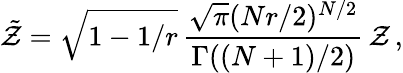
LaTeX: \tilde{\cal Z}=\sqrt{1-1/r}\, {\frac{\sqrt{\pi}(Nr/2)^{N/2}}{\Gamma((N+1)/2)}}\, {\cal Z}\, ,